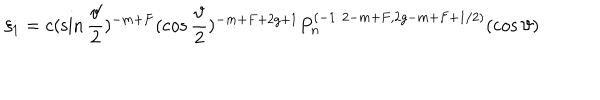
\xi _ { 1 } = c ( \sin \frac \vartheta 2 ) ^ { - m + F } ( \cos \frac \vartheta 2 ) ^ { - m + F + 2 g + 1 } P _ { n } ^ { ( - 1 / 2 - m + F , 2 g - m + F + 1 / 2 ) } ( \cos \vartheta )